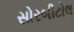
સોરબીટોલ